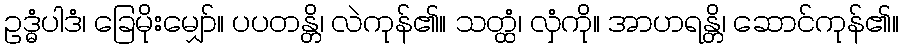
ဥဒ္ဓံပါဒံ၊ ခြေမိုးမျှော်။ ပပတန္တိ၊ လဲကုန်၏။ သတ္ထံ၊ လှံကို။ အာဟရန္တိ၊ ဆောင်ကုန်၏။